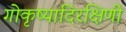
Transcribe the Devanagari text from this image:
गोकृष्यादिरक्षिणी